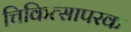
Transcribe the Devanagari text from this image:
चिकित्सापरक